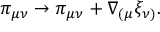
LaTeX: \pi _ { \mu \nu } \rightarrow \pi _ { \mu \nu } + \nabla _ { ( \mu } \xi _ { \nu ) } .